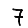
Digit: 7